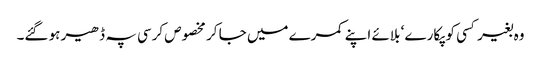
وہ بغیر کسی کو پکارے ‘ بلائے اپنے کمرے میں جا کر مخصوص کرسی پہ ڈھیر ہو گئے۔